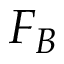
F _ { B }